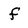
Character: f